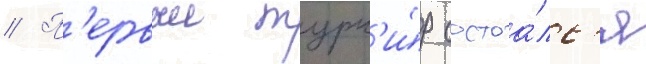
// П'ервыи турн'и́р состоа́лс'я